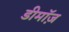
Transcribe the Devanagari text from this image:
डीमॉज़